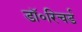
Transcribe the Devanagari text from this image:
डॉ॰रिचर्ड